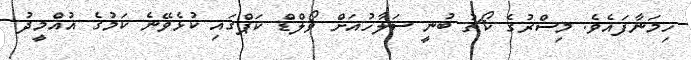
ހިމަނާފައެވެ. މިސްރުގެ ކޯޗު ބުނީ ސަލާހުއަށް ވޯލްޑް ކަޕްގައި ކުޅެވޭނެ ކަމުގެ އުއްމީދު